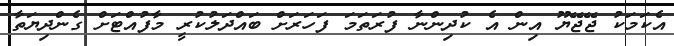
އެކަމަކު ޖޭޖޭޔޫ އިން އެ ކުދިންނާ ފުރަތަމަ ފަހަރަށް ބައްދަލުކުރީ މާފުއްޓަށް ގެންދިޔަތާ